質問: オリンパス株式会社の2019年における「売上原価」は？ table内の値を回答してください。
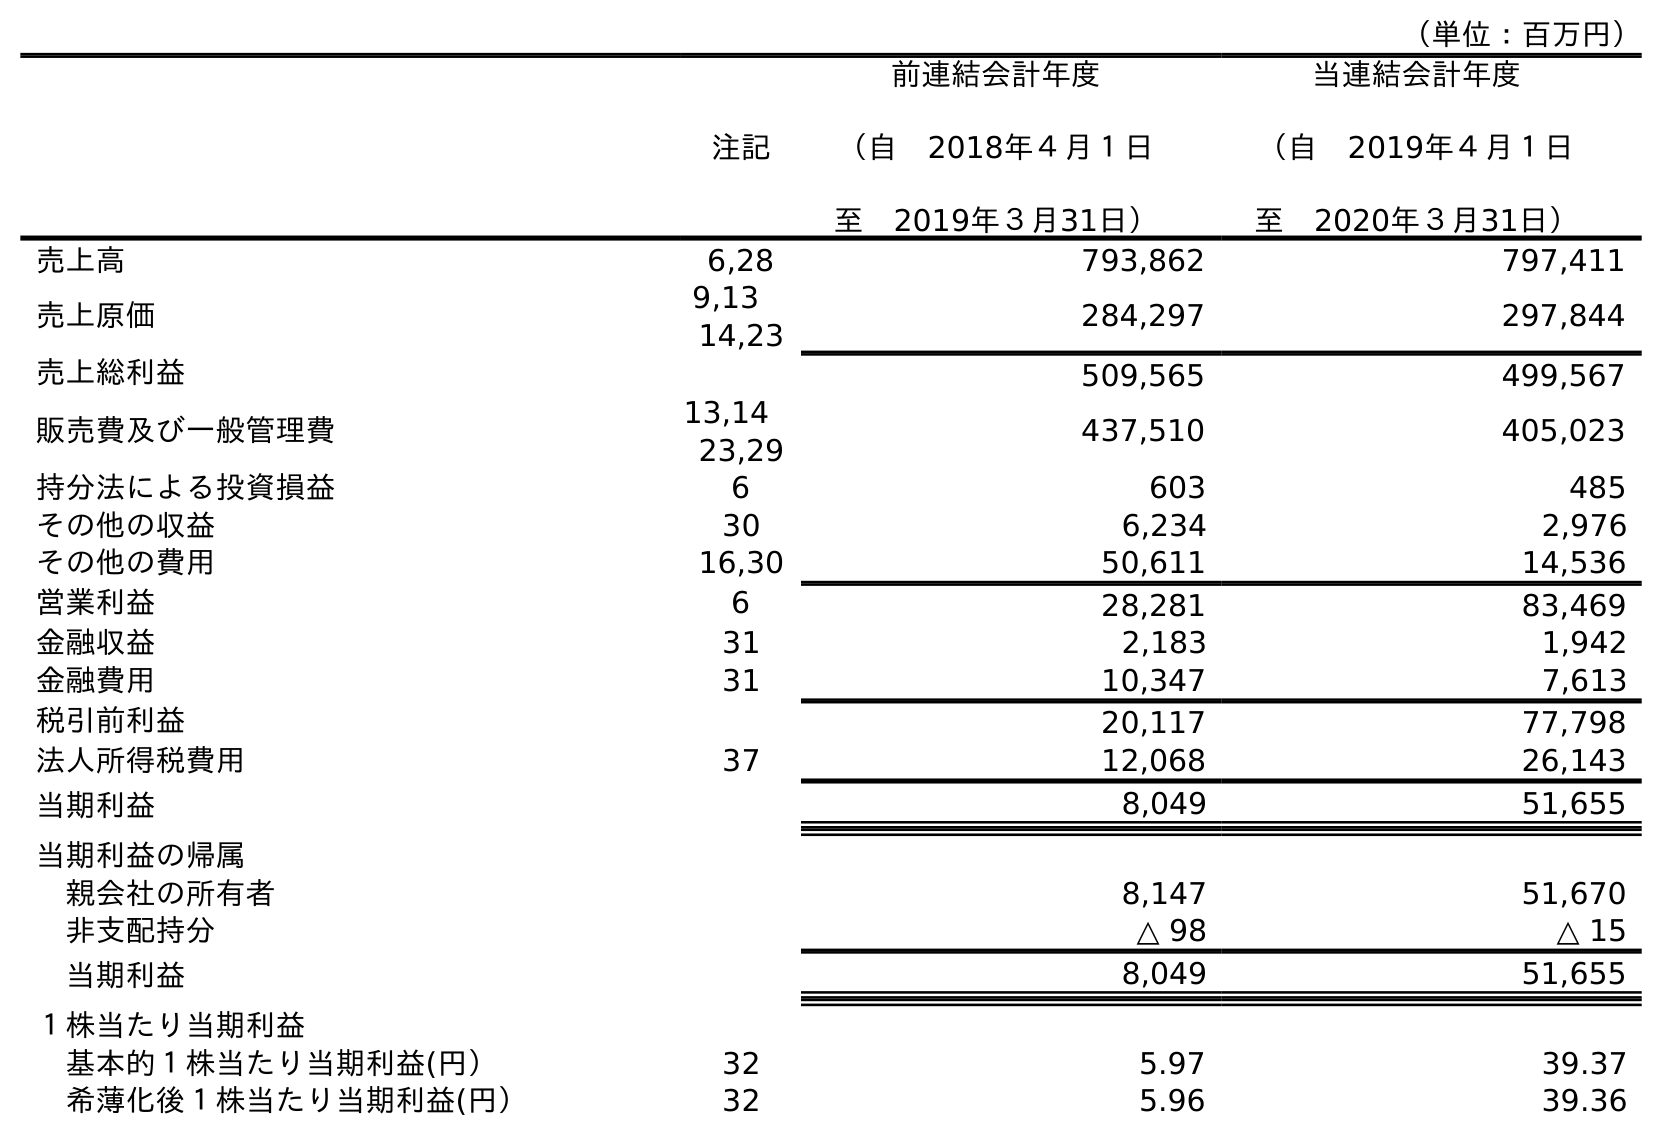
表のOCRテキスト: （単位：百万円） 注記 前連結会計年度 （自 2018年４月１日 至 2019年３月31日） 当連結会計年度 （自 2019年４月１日 至 2020年３月31日） 売上高 6,28 793,862 797,411 売上原価 9,13  14,23 284,297 297,844 売上総利益 509,565 499,567 販売費及び一般管理費 13,14  23,29 437,510 405,023 持分法による投資損益 6 603 485 その他の収益 30 6,234 2,976 その他の費用 16,30 50,611 14,536 営業利益 6 28,281 83,469 金融収益 31 2,183 1,942 金融費用 31 10,347 7,613 税引前利益 20,117 77,798 法人所得税費用 37 12,068 26,143 当期利益 8,049 51,655 当期利益の帰属 親会社の所有者 8,147 51,670 非支配持分 △ 98 △ 15 当期利益 8,049 51,655 １株当たり当期利益 基本的１株当たり当期利益(円） 32 5.97 39.37 希薄化後１株当たり当期利益(円） 32 5.96 39.36
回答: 284,297